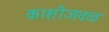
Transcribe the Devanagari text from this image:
काशीजवळ